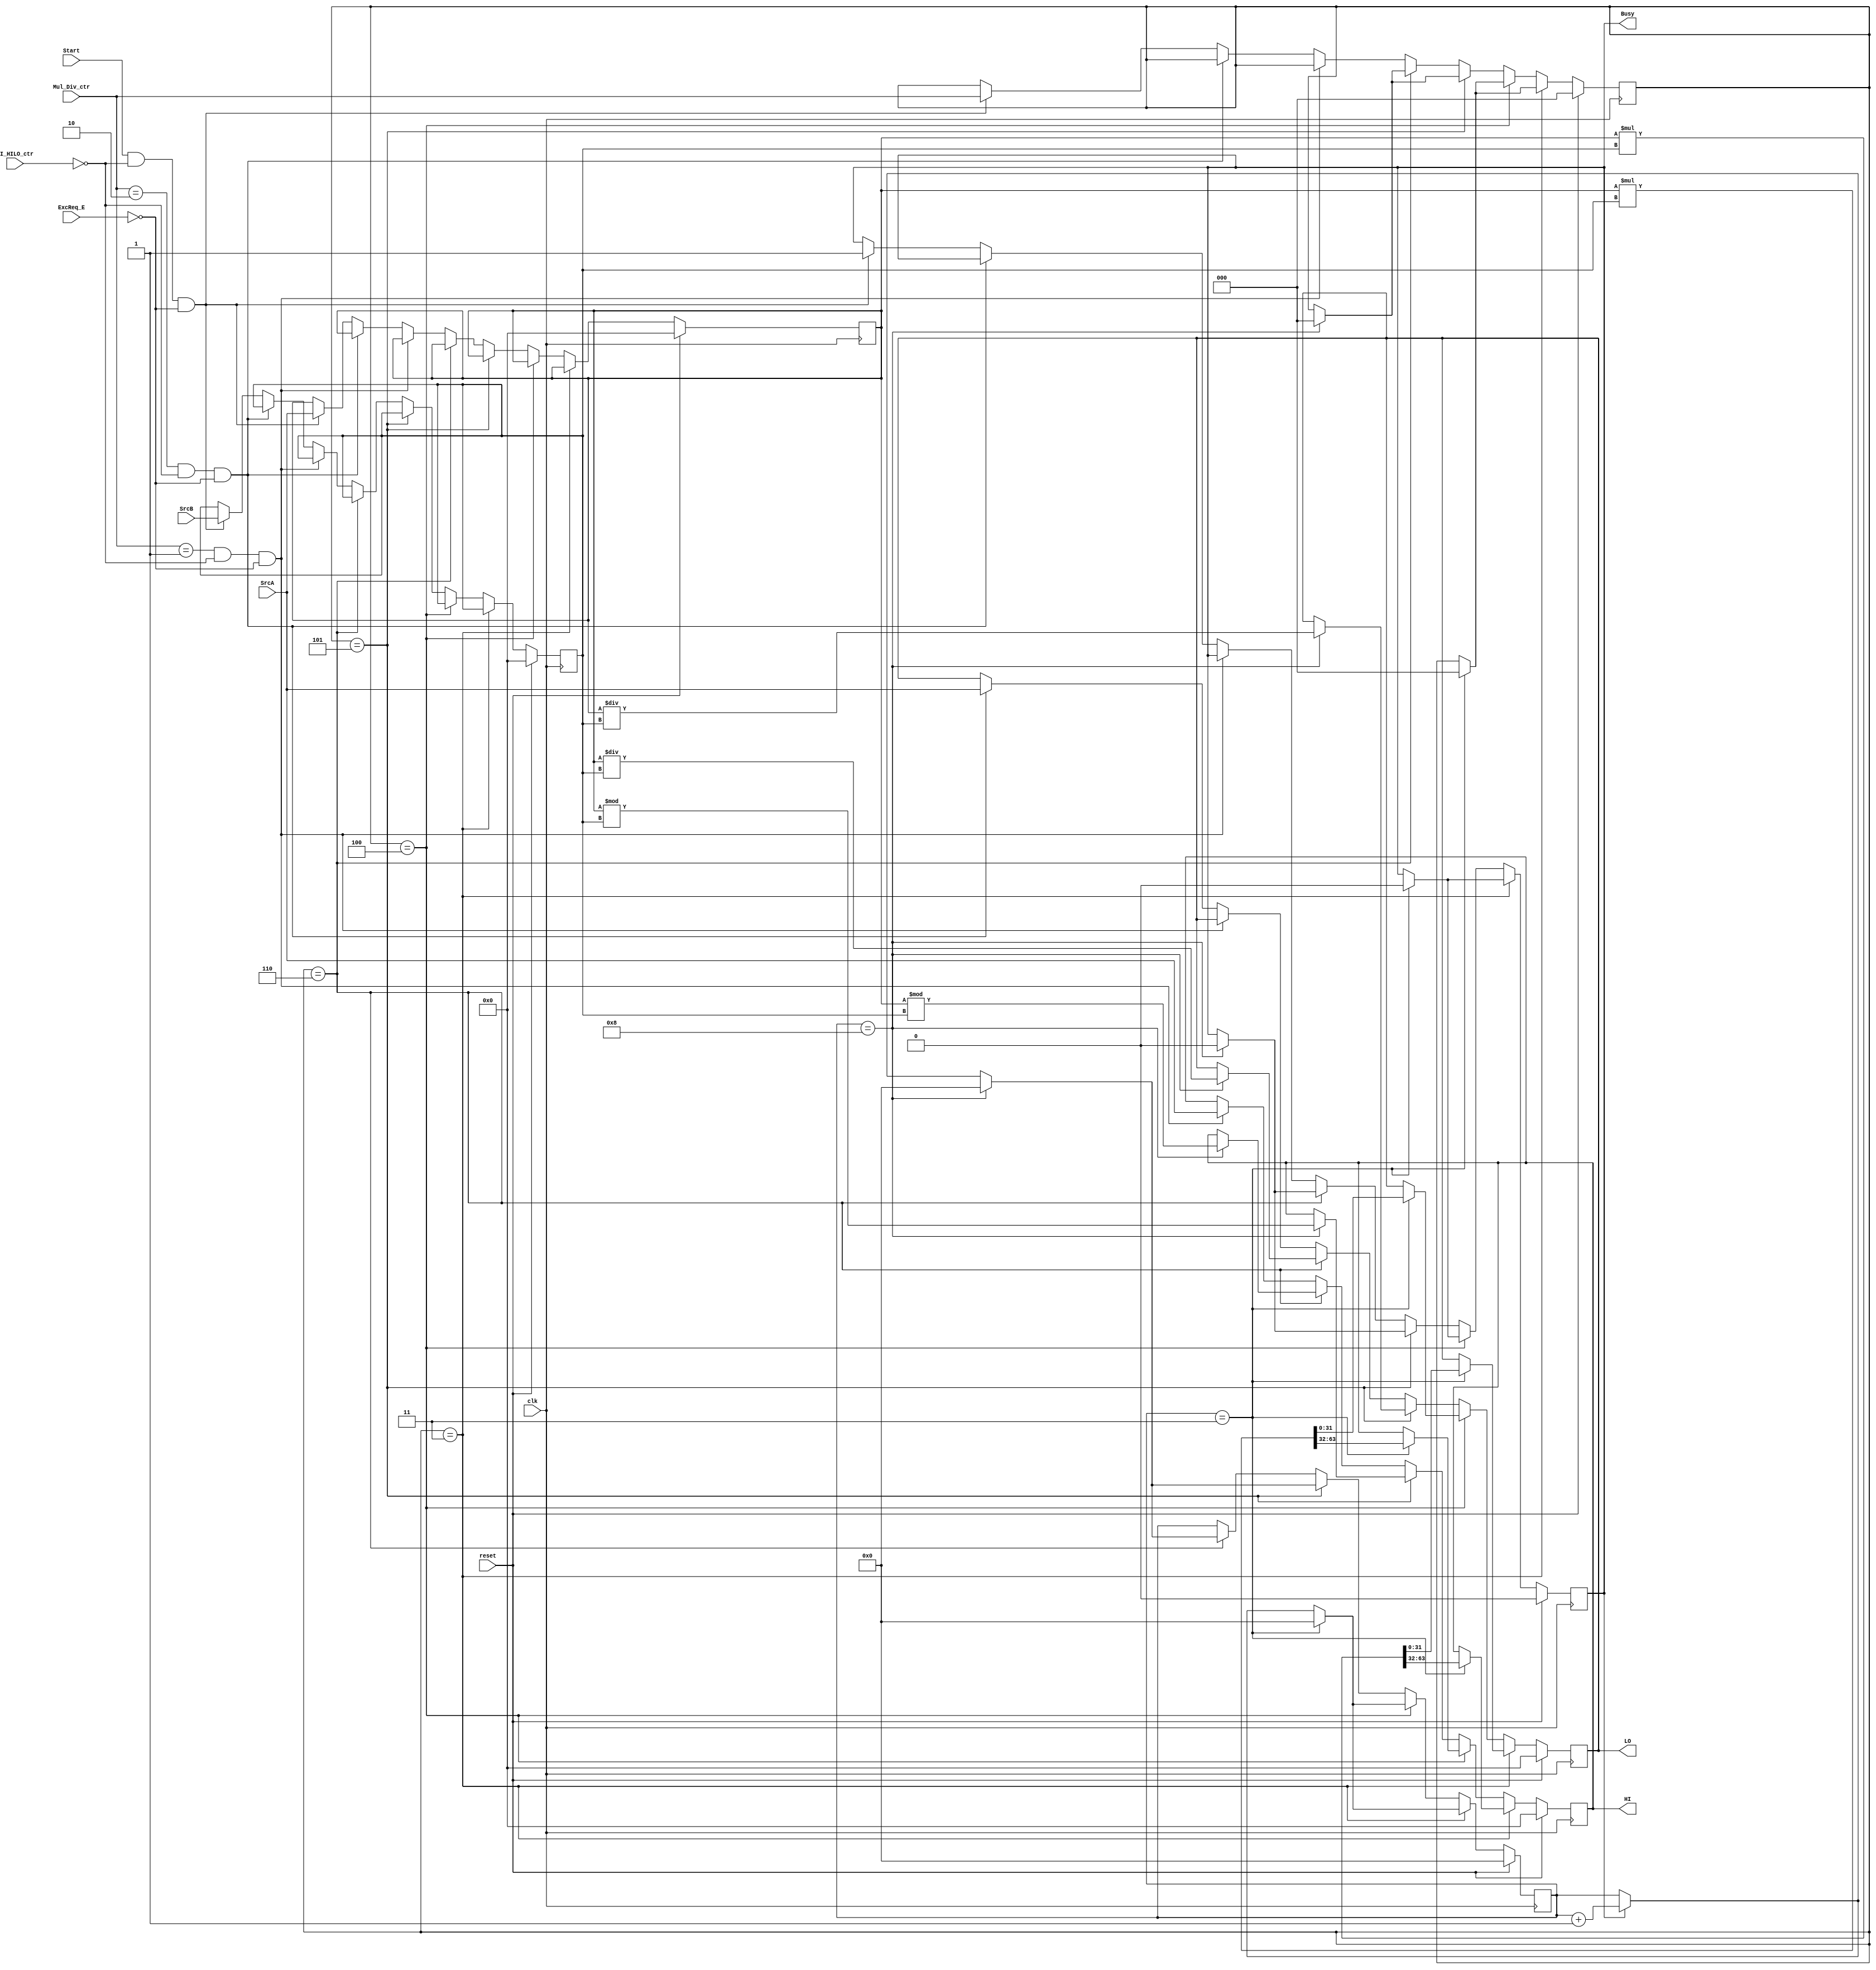
`timescale 1ns / 1ps
//////////////////////////////////////////////////////////////////////////////////
// Company: 
// Engineer: 
// 
// Design Name: 
// Module Name:    MUL_DIV 
// Project Name: 
// Target Devices: 
// Tool versions: 
// Description: 
//
// Dependencies: 
//
// Revision: 
// Revision 0.01 - File Created
// Additional Comments: 
//
//////////////////////////////////////////////////////////////////////////////////
`define DIV_END 4'b1000
`define MUL_END 4'b0011

`define NE 3'b000
`define mthi 3'b001
`define mtlo 3'b010
`define multu 3'b011
`define mult 3'b100
`define divu 3'b101
`define div 3'b110
module MUL_DIV(
	input clk,
	input reset,
	input [31:0] SrcA,
	input [31:0] SrcB,
	input [2:0] Mul_Div_ctr,
	
	input Start,
	input EI_HILO_ctr,			//EI_ctr,Mhilo
	input ExcReq_E,				//E
	
	output reg Busy,
	output reg [31:0] HI,
	output reg [31:0] LO
	);
	
	reg [3:0] count;//Busy
	
	reg [2:0] MD_ctr;//
	
	/*wire [63:0] SrcA_Ext;//
	
	wire [63:0] SrcB_Ext;//
	
	reg [63:0] SrcA_reg;//
	
	reg [63:0] SrcB_reg;//*/
	wire [31:0] SrcA_Ext;//
	
	wire [31:0] SrcB_Ext;//
	
	reg [31:0] SrcA_reg;//
	
	reg [31:0] SrcB_reg;//

	/*initial
		begin
			count <= 0;
			MD_ctr <= 0;
			
			SrcA_reg <= 0;
			SrcB_reg <= 0;
			Busy <= 0;
			
			HI <= 0;
			LO <= 0;
		end*/
	
	/*assign SrcA_Ext = ((Mul_Div_ctr == `mult) || (Mul_Div_ctr == `div))?  {{32{SrcA[31]}}, SrcA}: //
							((Mul_Div_ctr == `multu) || (Mul_Div_ctr == `divu))?  {32'b0, SrcA}:
																									{32'b0, SrcA};
																									
	assign SrcB_Ext = ((Mul_Div_ctr == `mult) || (Mul_Div_ctr == `div))?  {{32{SrcB[31]}}, SrcB}: //
							((Mul_Div_ctr == `multu) || (Mul_Div_ctr == `divu))?  {32'b0, SrcB}:
																									{32'b0, SrcB};*/
	assign SrcA_Ext = ((Mul_Div_ctr == `mult) || (Mul_Div_ctr == `div))?  $signed(SrcA): //
							((Mul_Div_ctr == `multu) || (Mul_Div_ctr == `divu))?  $unsigned(SrcA):
																									$unsigned(SrcA);
																									
	assign SrcB_Ext = ((Mul_Div_ctr == `mult) || (Mul_Div_ctr == `div))?  $signed(SrcB): //
							((Mul_Div_ctr == `multu) || (Mul_Div_ctr == `divu))?  $unsigned(SrcB):
																									$unsigned(SrcB);
																									
	always@(posedge clk)                                                                         //
		begin
			if(reset)
				begin
					count <= 0;
					MD_ctr <= 0;
			
					SrcA_reg <= 0;
					SrcB_reg <= 0;
					Busy <= 0;
			
					HI <= 0;
					LO <= 0;
				end
			else
				begin
					if(MD_ctr == `multu)
						begin
							if(Busy)																								  //
								begin
									count <= count + 1;
								end
							if(count == `MUL_END)
								begin
									{HI, LO} <= SrcA_reg * SrcB_reg;
									Busy <= 0;
									count <= 0;
									MD_ctr <= `NE;
								end
						end
					else if(MD_ctr == `mult)
						begin
							if(Busy)																								  //
								begin
									count <= count + 1;
								end
							if(count == `MUL_END)
								begin
									{HI, LO} <= $signed(SrcA_reg) * $signed(SrcB_reg);
									Busy <= 0;
									count <= 0;
									MD_ctr <= `NE;
								end
						end
					else if(MD_ctr == `divu)
						begin
							if(Busy)
								begin
									count <= count + 1;
								end
							if(count == `DIV_END)
								begin
									HI <= SrcA_reg % SrcB_reg;
									LO <= SrcA_reg / SrcB_reg;
									Busy <= 0;
									count <= 0;
									MD_ctr <= `NE;
								end
						end
					
					else if(MD_ctr == `div)
						begin
							if(Busy)
								begin
									count <= count + 1;
								end
							if(count == `DIV_END)
								begin
									HI <= $signed(SrcA_reg) % $signed(SrcB_reg);
									LO <= $signed(SrcA_reg) / $signed(SrcB_reg);
									Busy <= 0;
									count <= 0;
									MD_ctr <= `NE;
								end
						end
				
					else if((Mul_Div_ctr == `mthi) && (EI_HILO_ctr == 0) && (ExcReq_E == 0))  HI <= SrcA; //ME
					else if((Mul_Div_ctr == `mtlo) && (EI_HILO_ctr == 0) && (ExcReq_E == 0)) LO <= SrcA;
					else if((Start) && (EI_HILO_ctr == 0) && (ExcReq_E == 0))
						begin
							Busy <= 1'b1;
							MD_ctr <= Mul_Div_ctr;
							SrcA_reg <= SrcA_Ext;
							SrcB_reg <= SrcB_Ext;																			  //Busy
						end
				end
		end
	
	/*always@(posedge clk)																								  //
		begin
			if(MD_ctr == `multu)
				begin
					if(Busy)																								  //
						begin
							count <= count + 1;
						end
					if(count == `MUL_END)
						begin
							{HI, LO} <= SrcA_reg * SrcB_reg;
							Busy <= 0;
							count <= 0;
							MD_ctr <= `NE;
						end
				end
			else if(MD_ctr == `mult)
				begin
					if(Busy)																								  //
						begin
							count <= count + 1;
						end
					if(count == `MUL_END)
						begin
							{HI, LO} <= $signed(SrcA_reg) * $signed(SrcB_reg);
							Busy <= 0;
							count <= 0;
							MD_ctr <= `NE;
						end
				end
			else if(MD_ctr == `divu)
				begin
					if(Busy)
						begin
							count <= count + 1;
						end
					if(count == `DIV_END)
						begin
							HI <= SrcA_reg % SrcB_reg;
							LO <= SrcA_reg / SrcB_reg;
							Busy <= 0;
							count <= 0;
							MD_ctr <= `NE;
						end
				end
				
			else if(MD_ctr == `div)
				begin
					if(Busy)
						begin
							count <= count + 1;
						end
					if(count == `DIV_END)
						begin
							HI <= $signed(SrcA_reg) % $signed(SrcB_reg);
							LO <= $signed(SrcA_reg) / $signed(SrcB_reg);
							Busy <= 0;
							count <= 0;
							MD_ctr <= `NE;
						end
				end
		end*/

endmodule